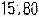
15.80